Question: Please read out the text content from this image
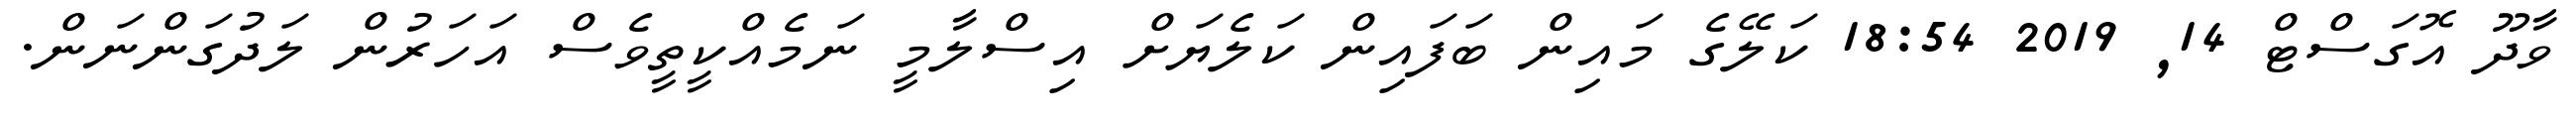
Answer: ވާދޫ އޮގަސްޓް 14, 2019 18:54 ކަލޭގެ މައިން ބަފައިން ކަލެޔަށް އިސްލާމީ ނަމެއްކީތީވެސް އަހަރުން ލަދުގަންނަން.